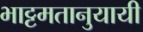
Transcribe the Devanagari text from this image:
भाट्टमतानुयायी